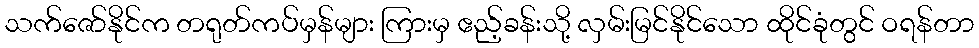
သက်ဇော်နိုင်က တရုတ်ကပ်မှန်များ ကြားမှ ဧည့်ခန်းသို့ လှမ်းမြင်နိုင်သော ထိုင်ခုံတွင် ဝရန်တာ